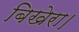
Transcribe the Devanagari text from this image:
बिखेरा।